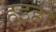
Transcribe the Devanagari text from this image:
हुइहो